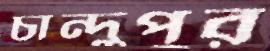
চান্দুপুর